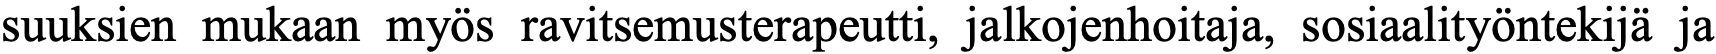
suuksien mukaan myös ravitsemusterapeutti, jalkojenhoitaja, sosiaalityöntekijä ja